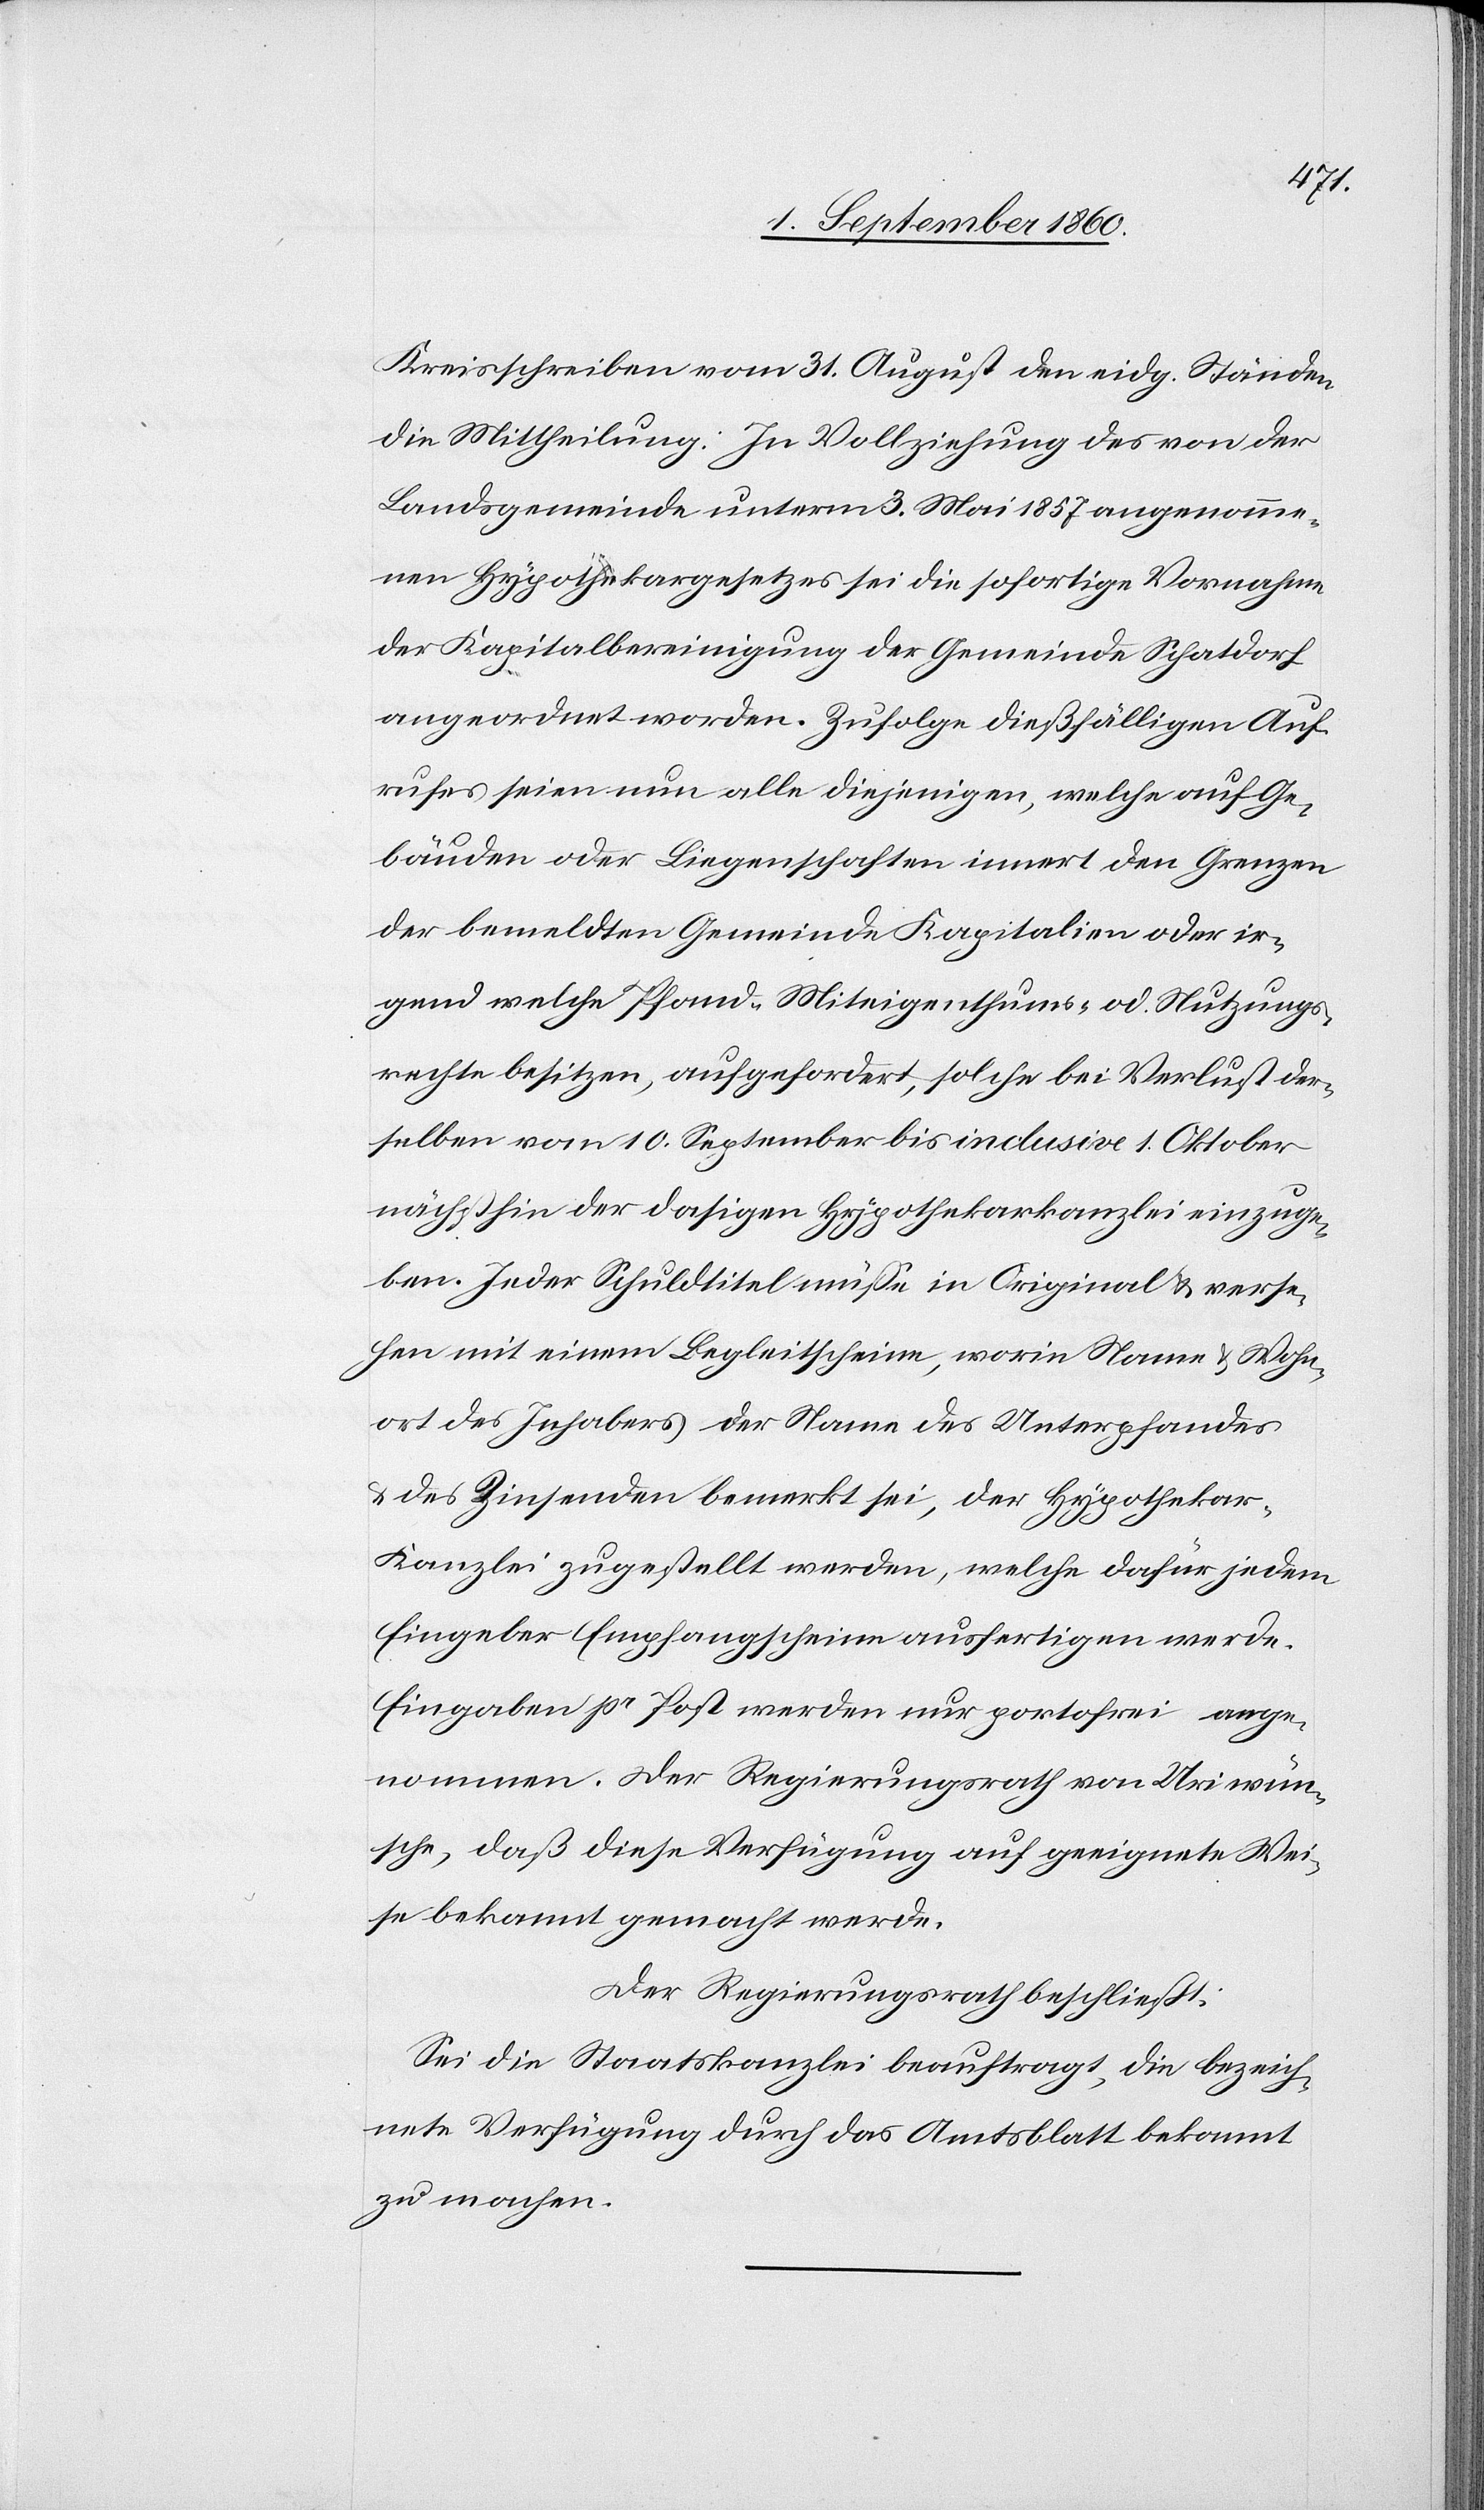
Kreisschreiben vom 31. August eidg. Ständen
die Mittheilung: In Vollziehung des von der
Landgemeinde unterm 3. Mai 1857 angenomme¬
nen Hypothekar-Gesetzes sei die sofortige Vornahme
der Kapitalbereinigung der Gemeinde Schatdorf
angeordnet worden. Zufolge diesfälligen Auf¬
rufes seien nun alle diejenigen, welche auf Ge¬
bäuden oder Liegenschaften innert den Grenzen
der bemeldten Gemeinde Kapitalien, oder ir¬
gend welche Pfand-Miteigenthums- oder Nutzungs¬
rechte besitzen, aufgefordert, solche bei Verlust der¬
selben vom 10. September bis inclusive 1. Oktober
nächsthin der dasigen Hypothekarkanzlei einzuge¬
ben. Jeder Schuldtitel müsse im Original verse¬
hen mit einem Begleitscheine, worin Namen u. Wohn¬
ort des Inhabers der Name des Unterpfandes
u. des Zinsenden bemerkt sei, der Hypotheka¬
r-Kanzlei zugestellt werden, welche dafür jedem
Eingeber Empfangsscheine ausfertigen werden.
Eingaben pr. Post werden nur portofrei ange¬
nommen. Der Regierungsrath von Uri wün¬
sche, dass diese Verfügung auf geeignete Wei¬
se bekannt gemacht werde.
Der Regierungsrath beschliesst:
Sei die Staatskanzlei beauftragt, die bezeich¬
nete Verfügung durch das Amtsblatt bekannt
zu machen.